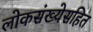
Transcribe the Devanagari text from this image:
लोकसंख्येसहित